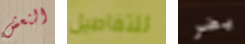
النعش للتفاصيل يضر